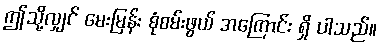
ဤသို့လျှင် မေးမြန်း စုံစမ်းဖွယ် အကြောင်း ရှိ ပါသည်။